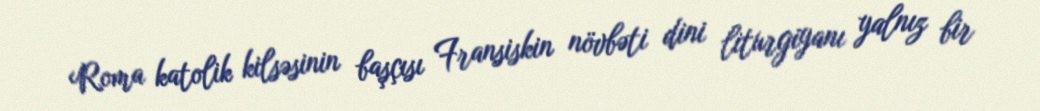
Roma katolik kilsəsinin başçısı Fransiskin növbəti dini liturgiyanı yalnız bir